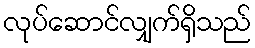
လုပ်ဆောင်လျှက်ရှိသည်